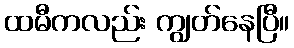
ထမီကလည်း ကျွတ်နေပြီ။